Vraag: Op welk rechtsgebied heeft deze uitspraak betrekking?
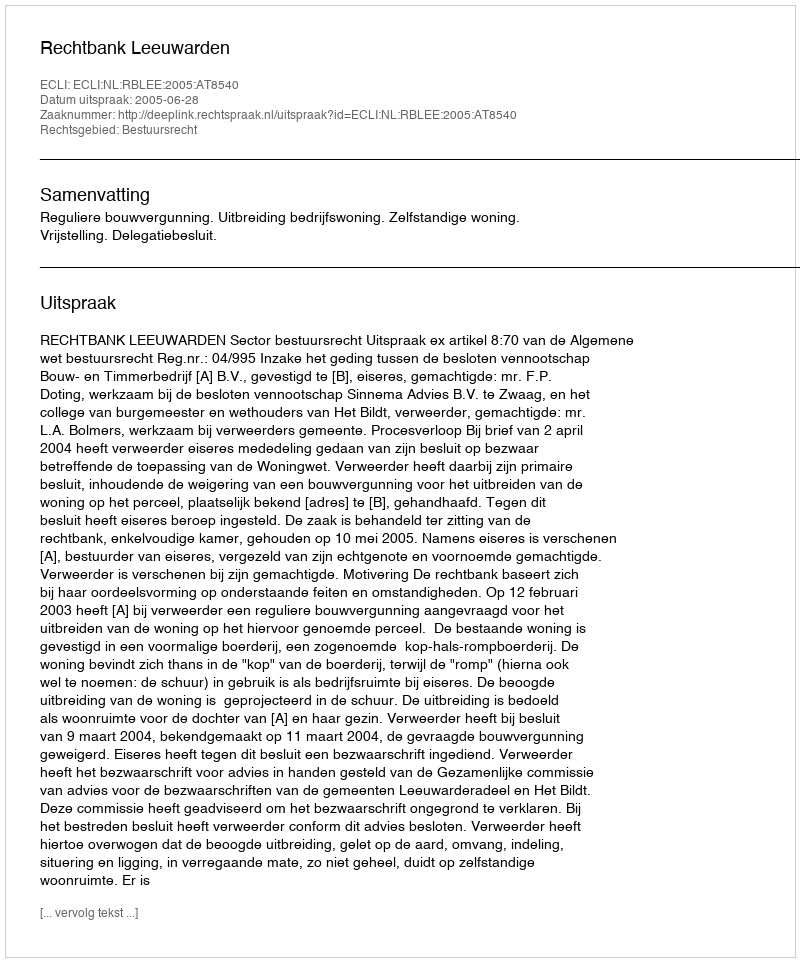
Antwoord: Bestuursrecht